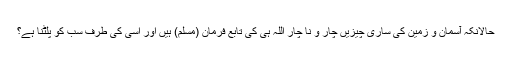
حالانکہ آسمان و زمین کی ساری چیزیں چار و نا چار اللہ ہی کی تابع فرمان (مسلم) ہیں اور اُسی کی طرف سب کو پلٹنا ہے؟